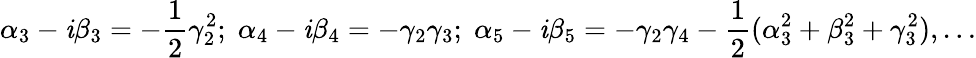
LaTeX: \alpha_{3}-\mathit{i}\beta_{3}=-\frac{{1}}{{2}}\gamma_{2}^{2};\; \alpha_{4}-\mathit{i}\beta_{4}=-\gamma_{2}\gamma_{3};\; \alpha_{5}-\mathit{i}\beta_{5}=-\gamma_{2}\gamma_{4}-\frac{{1}}{{2}}(\alpha_{3}^{2}+\beta_{3}^{2}+\gamma_{3}^{2}),\dots